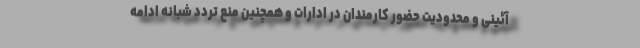
آئینی و محدودیت حضور کارمندان در ادارات و همچنین منع تردد شبانه ادامه